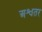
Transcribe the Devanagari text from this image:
अश्वतर